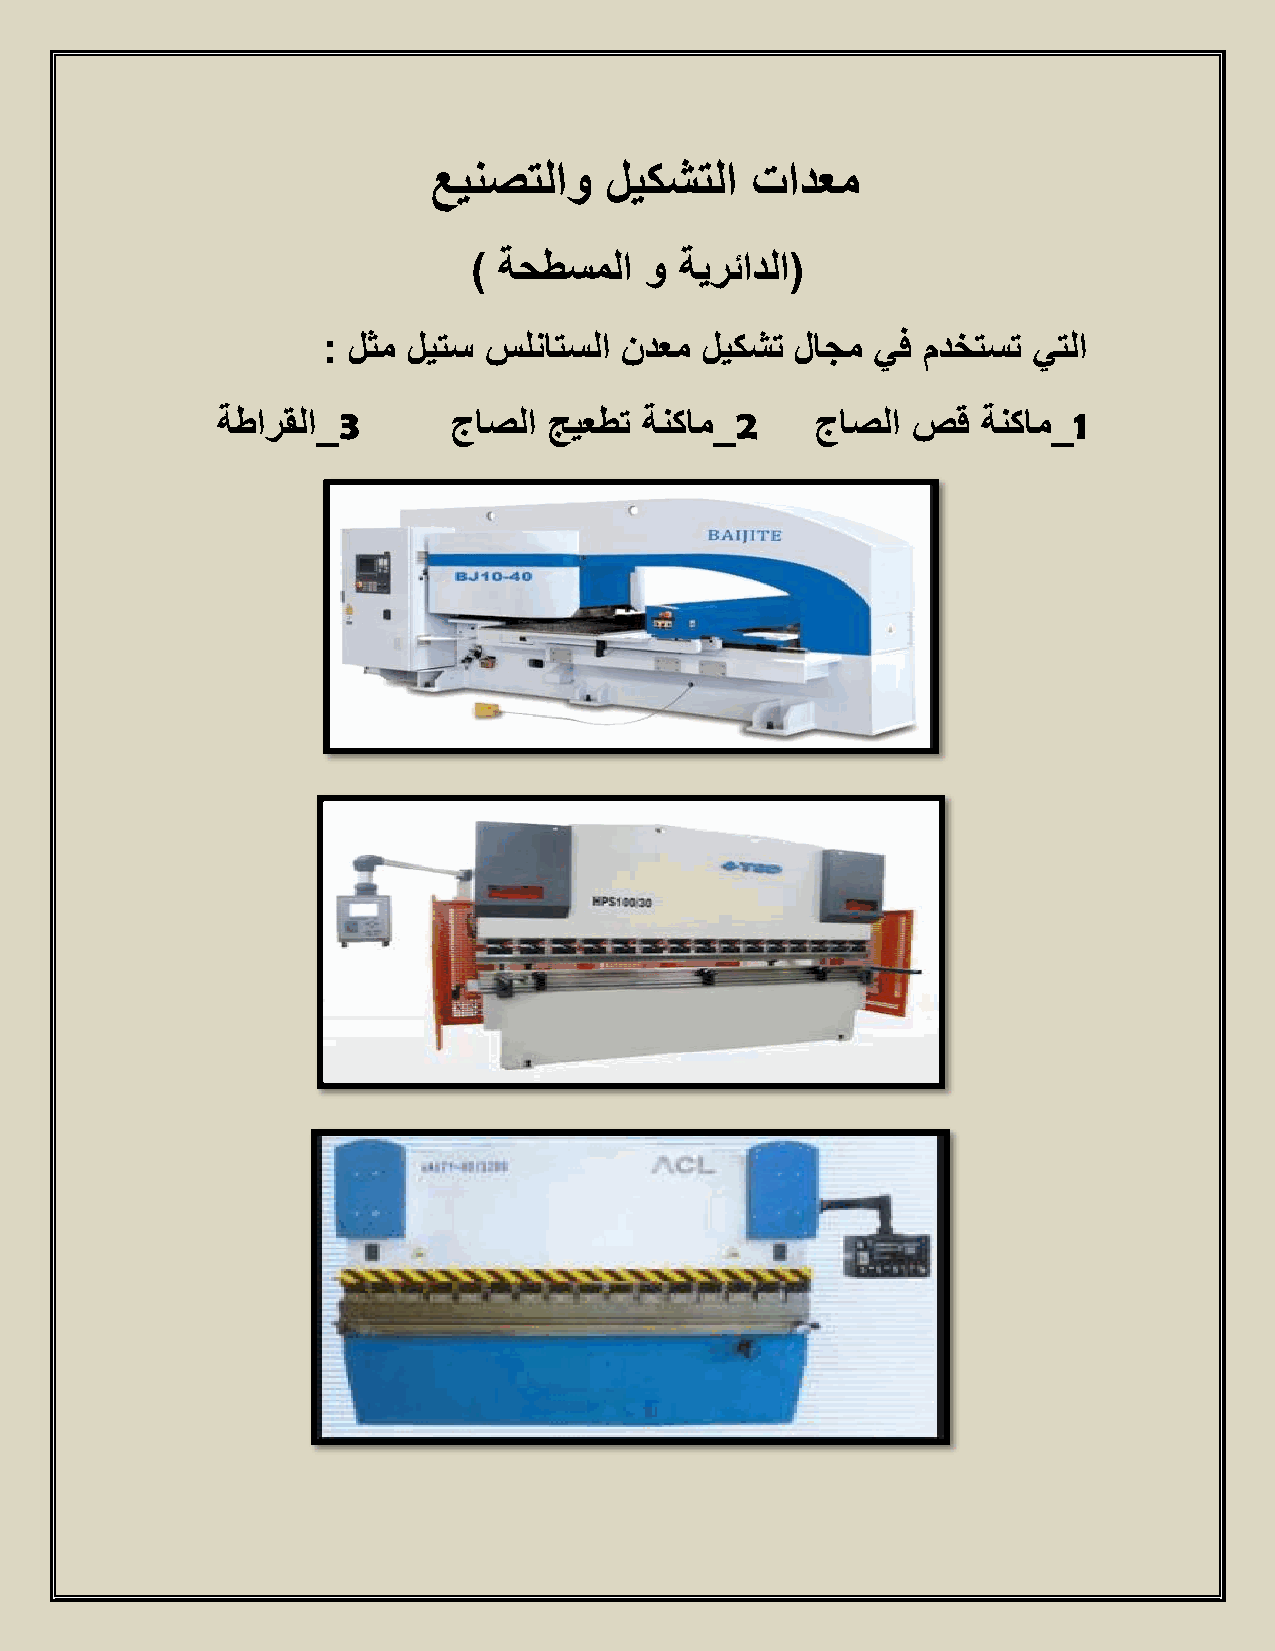
عينصتلاو   ليكشتلا   تادعم
 ) ةحطسملا   و ةيرئادلا(
 : لثم ليتس سلناتسلا ندعم ليكشت  لاجم يف مدختست يتلا
 ةطارقلا_3       جاصلا جيعطت  ةنكام_2    جاصلا صق   ةنكام_1